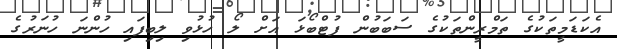
އެކަޑަމީތަކުގެ ތަމްރީންތަކުގެ ސަބަބުން ފުޓްބޯޅަ އަށް ލޯ ހުޅުވި ލިބިފައި ހުންނަ ހުނަރުގެ